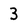
Character: 3